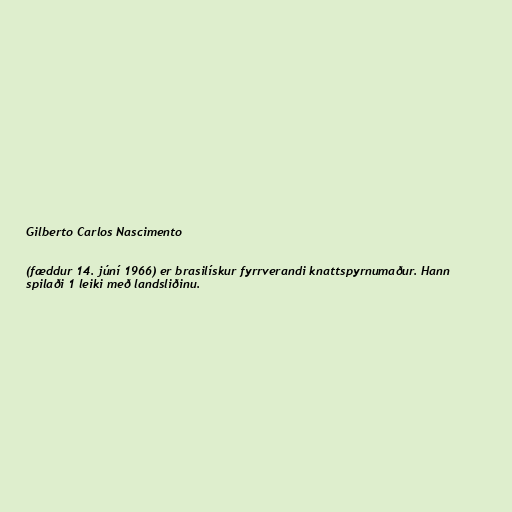
Gilberto Carlos Nascimento

(fæddur 14. júní 1966) er brasilískur fyrrverandi knattspyrnumaður. Hann
spilaði 1 leiki með landsliðinu.